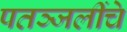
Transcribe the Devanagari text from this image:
पतञ्जलींचे